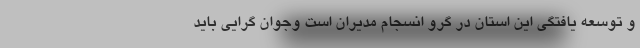
و توسعه یافتگی این استان در گرو انسجام مدیران است وجوان گرایی باید